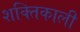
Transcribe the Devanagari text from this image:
शक्‍तिकाली